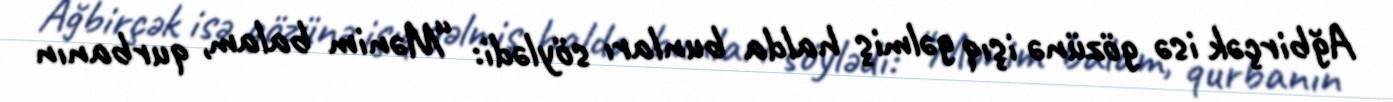
Ağbirçək isə gözünə işıq gəlmiş halda bunları söylədi: “Mənim balam, qurbanın